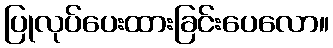
ပြုလုပ်ပေးထားခြင်းပေလော။